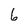
Character: 6